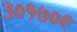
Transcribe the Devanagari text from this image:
३०१७०९